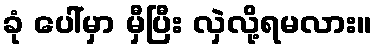
ခုံ ပေါ်မှာ မှီပြီး လှဲလို့ရမလား။